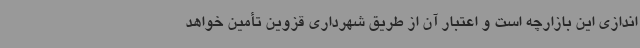
اندازی این بازارچه است و اعتبار آن از طریق شهرداری قزوین تأمین خواهد